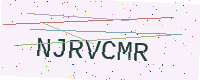
Text: NJRVCMR